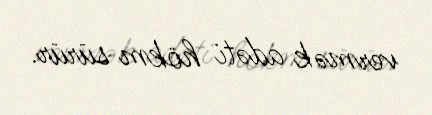
vermək adəti hökm sürür.